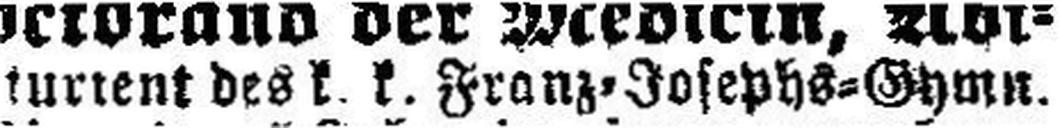
kurient des k. k. Franz=Josephs=Gymn.